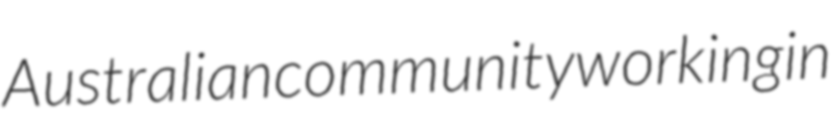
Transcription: Australian community working in